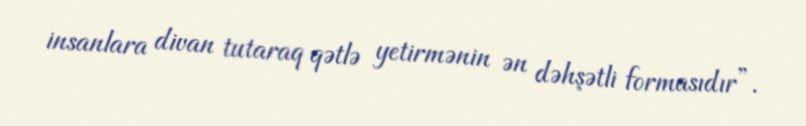
insanlara divan tutaraq qətlə yetirmənin ən dəhşətli formasıdır”.